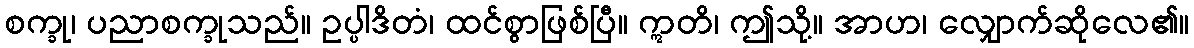
စက္ခု၊ ပညာစက္ခုသည်။ ဥပ္ပါဒိတံ၊ ထင်စွာဖြစ်ပြီ။ ဣတိ၊ ဤသို့။ အာဟ၊ လျှောက်ဆိုလေ၏။